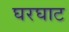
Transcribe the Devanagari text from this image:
घरघाट